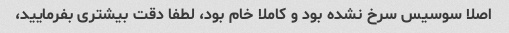
اصلا سوسیس سرخ نشده بود و کاملا خام بود، لطفا دقت بیشتری بفرمایید،